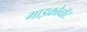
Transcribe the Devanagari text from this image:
माइक्रोवॉट